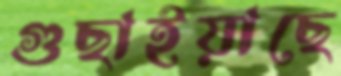
গুছাইয়াছে